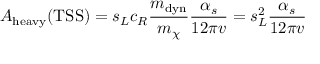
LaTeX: { \cal A } _ { \mathrm { h e a v y } } ( \mathrm { T S S } ) = s _ { L } c _ { R } \frac { m _ { \mathrm { d y n } } } { m _ { \chi } } \frac { \alpha _ { s } } { 1 2 \pi v } = s _ { L } ^ { 2 } \frac { \alpha _ { s } } { 1 2 \pi v }